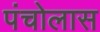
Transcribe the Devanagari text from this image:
पंचोलास